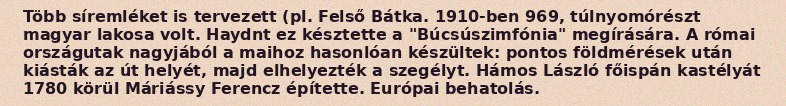
Több síremléket is tervezett (pl. Felső Bátka. 1910-ben 969, túlnyomórészt magyar lakosa volt. Haydnt ez késztette a "Búcsúszimfónia" megírására. A római országutak nagyjából a maihoz hasonlóan készültek: pontos földmérések után kiásták az út helyét, majd elhelyezték a szegélyt. Hámos László főispán kastélyát 1780 körül Máriássy Ferencz építette. Európai behatolás.